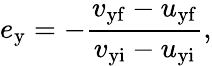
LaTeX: e_{\mathrm{y}}=-{\frac{v_{\mathrm{yf}}-u_{\mathrm{yf}}}{v_{\mathrm{yi}}-u_{\mathrm{yi}}}},